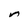
Character: n